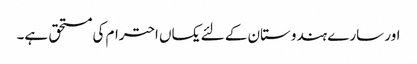
اور سارے ہندوستان کے لئے یکساں احترام کی مستحق ہے۔